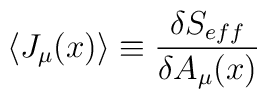
\langle J_{\mu}(x)\rangle \equiv \frac{\delta S_{eff}}{\delta A_{\mu}(x)}